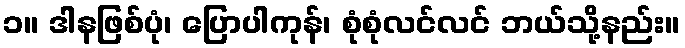
၁။ ဒါနဖြစ်ပုံ၊ ပြောပါကုန်၊ စုံစုံလင်လင် ဘယ်သို့နည်း။